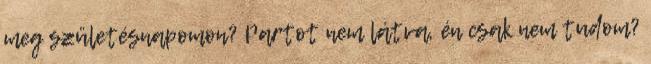
meg születésnapomon? Partot nem látva, én csak nem tudom?